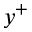
y ^ { + }